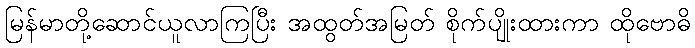
မြန်မာတို့ဆောင်ယူလာကြပြီး အထွတ်အမြတ် စိုက်ပျိုးထားကာ ထိုဗောဓိ